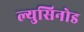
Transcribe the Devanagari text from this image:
ल्युसिनोड